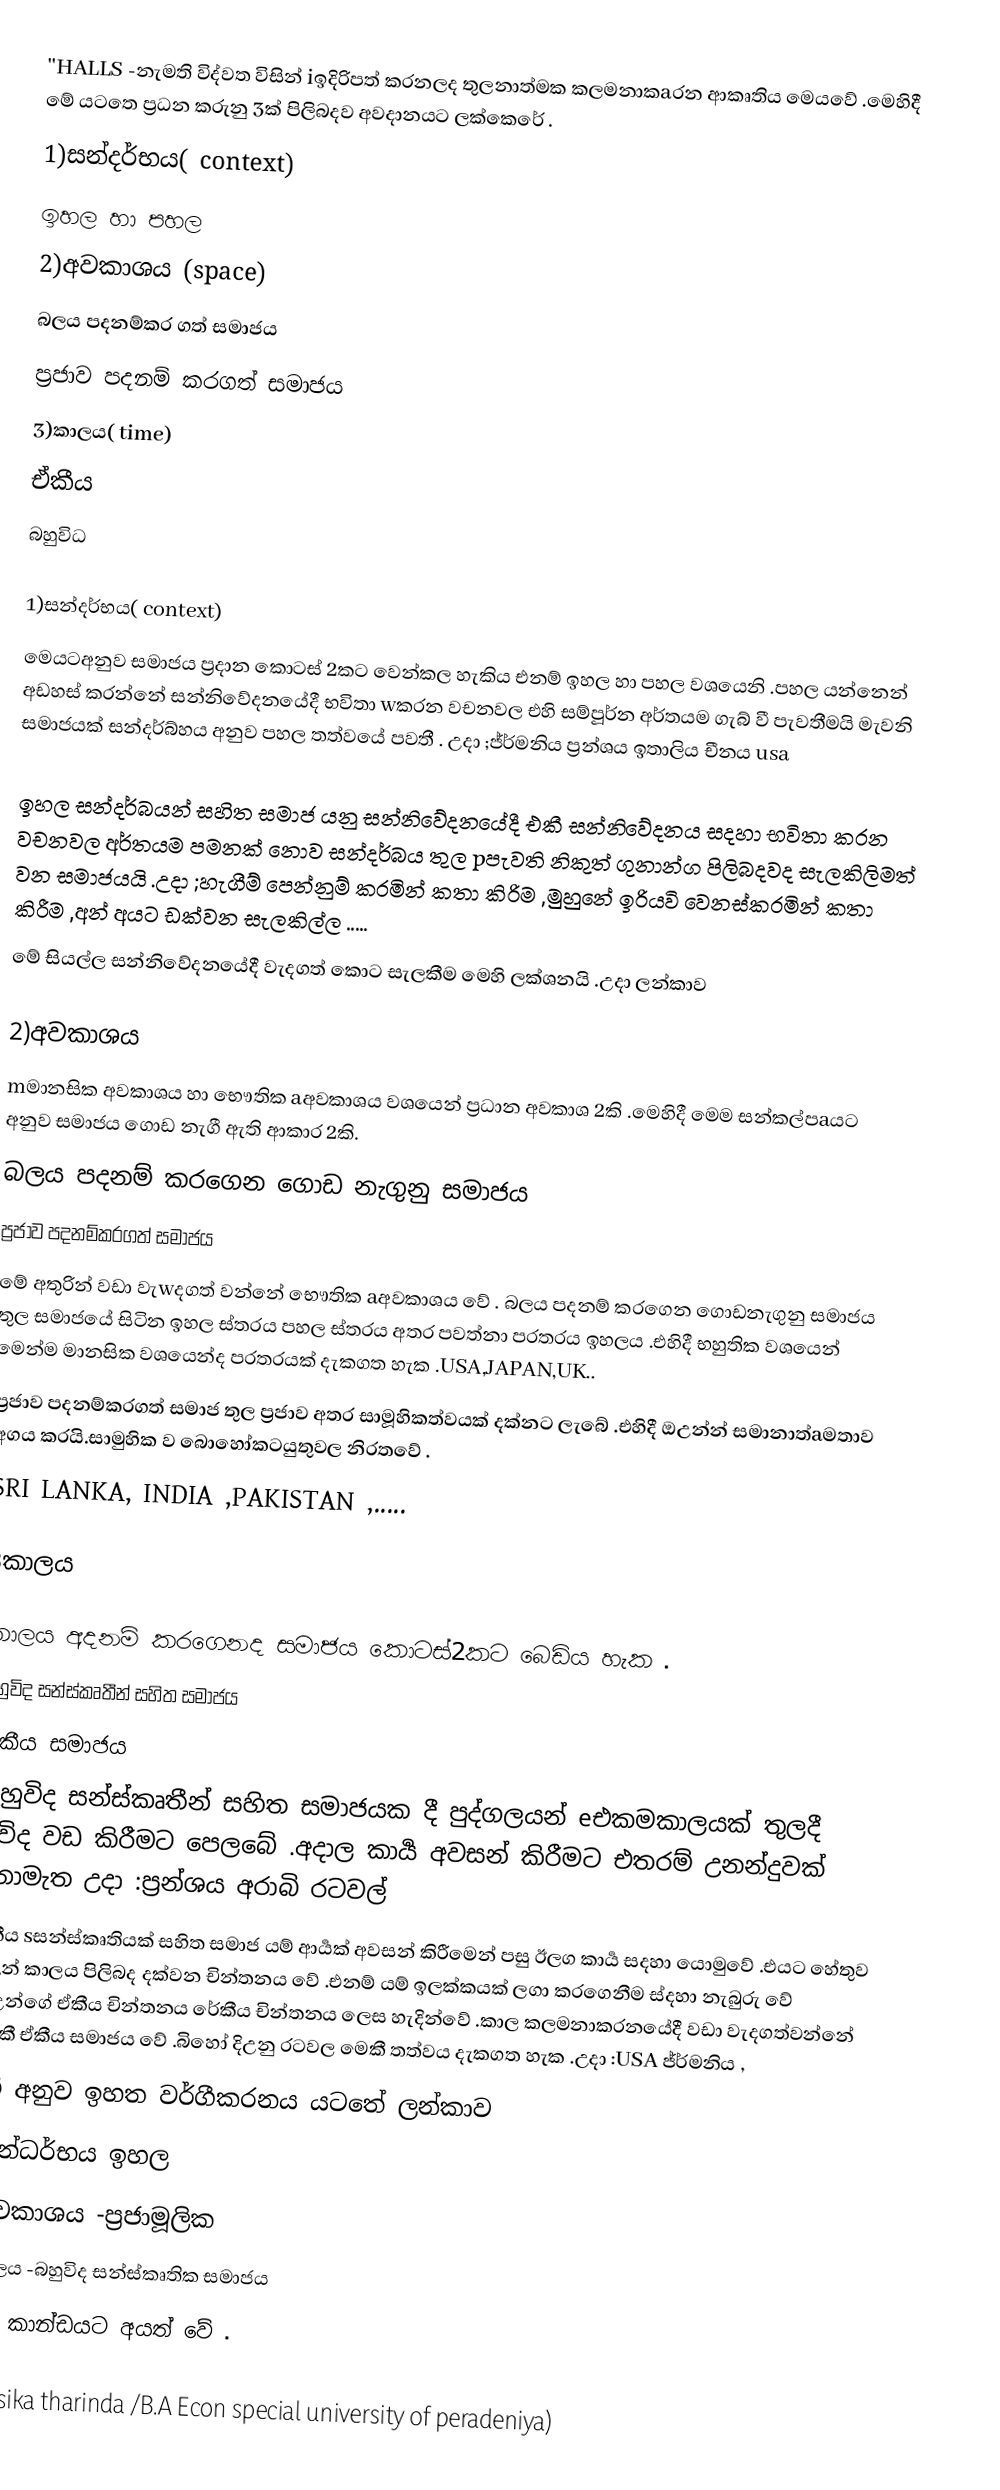
''HALLS -නැමති විද්වත විසින් iඉදිරිපත් කරනලද  තුලනාත්මක කලමනාකaරන ආකෘතිය  මෙයවේ .මෙහිදී මේ යටතෙ ප්‍රධන කරුනු 3ක් පිලිබදව අවදානයට ලක්කෙරේ .
1)සන්දර්භය( context)
ඉහල හා පහල
2)අවකාශය (space)
බලය පදනම්කර ගත් සමාජය
ප්‍රජාව පදනම් කරගත් සමාජය
3)කාලය( time)
ඒකීය
බහුවිධ

1)සන්දර්භය( context)
මෙයටඅනුව සමාජය ප්‍රදාන කොටස් 2කට වෙන්කල හැකිය එනම් ඉහල හා පහල වශයෙනි .පහල යන්නෙන් අඩහස් කරන්නේ සන්නිවේදනයේදී භවිතා wකරන වචනවල එහි සම්පූර්න අර්තයම ගැබ් වී පැවතීමයි මැවනි සමාජයක් සන්දර්බ්හය අනුව පහල තත්වයේ පවතී . උදා ;ජ්ර්මනිය ප්‍රන්ශය ඉතාලිය චීනය usa

ඉහල සන්දර්බයන් සහිත සමාජ යනු සන්නිවේදනයේදී එකී සන්නිවේදනය සදහා භවිතා කරන වචනවල අර්තයම පමනක් නොව සන්දර්බය තුල pපැවති නිකුත් ගුනාන්ග පිලිබදවද සැලකිලිමත් වන සමාජයයි .උදා ;හැගීම් පෙන්නුම් කරමින් කතා කිරිම ,මුහුනේ ඉරියවි වෙනස්කරමින් කතා කිරීම ,අන් අයට ඩක්වන සැලකිල්ල .....
මේ සියල්ල සන්නිවේදනයේදී වැදගත් කොට සැලකීම මෙහි ලක්ශනයි .උදා ලන්කාව

2)අවකාශය
mමානසික අවකාශය හා භෞතික aඅවකාශය වශයෙන් ප්‍රධාන අවකාශ 2කි .මෙහිදී මෙම සන්කල්පaයට අනුව සමාජය ගොඩ නැගී ඇති ආකාර 2කි.
බලය පදනම් කරගෙන  ගොඩ නැගුනු සමාජය
ප්‍රජාව පදනම්කරගත් සමාජය
මේ අතුරින් වඩා වැwදගත් වන්නේ භෞතික aඅවකාශය වේ . බලය පදනම් කරගෙන ගොඩනැගුනු සමාජය තුල සමාජයේ සිටින ඉහල ස්තරය පහල ස්තරය අතර පවත්නා පරතරය ඉහලය .එහිදී භහුතික වශයෙන් මෙන්ම මානසික වශයෙන්ද පරතරයක් දැකගත හැක .USA,JAPAN,UK..
ප්‍රජාව පදනම්කරගත් සමාජ තුල ප්‍රජාව අතර සාමූහිකත්වයක් දක්නට ලැබේ .එහිදී ඔඋන්න් සමානාත්aමතාව අගය කරයි.සාමුහික ව බොහෝකටයුතුවල නිරතවේ .
SRI LANKA, INDIA ,PAKISTAN ,.....

3කාලය

කාලය අදනම් කරගෙනද සමාජය කොටස්2කට බෙඩිය හැක .
බහුවිද සන්ස්කෘතීන් සහිත සමාජය
ඒකීය සමාජය
බහුවිද සන්ස්කෘතීන් සහිත සමාජයක දී පුද්ගලයන් eඑකමකාලයක් තුලදී විවිද වඩ කිරීමට පෙලබේ .අදාල කාර්‍ය අවසන් කිරීමට එතරම් උනන්දුවක් නොමැත උදා :ප්‍රන්ශය අරාබි රටවල්
ඒකීය sසන්ස්කෘතියක් සහිත සමාජ යම් ආර්‍යක් අවසන් කිරීමෙන් පසු ඊලග කාර්‍ය සදහා යොමුවේ .එයට හේතුව ඔඋන් කාලය පිලිබද දක්වන චින්තනය වේ .එනම් යම් ඉලක්කයක් ලගා කරගෙනීම ස්දහා නැබුරු වේ .ඔඋන්ගේ ඒකීය චින්තනය රේකීය චින්තනය ලෙස හැදින්වේ .කාල කලමනාකරනයේදී වඩා වැදගත්වන්නේ මෙකී  ඒකීය සමාජය වේ .බිහෝ දිඋනු රටවල මෙකී තත්වය දැකගත හැක .උදා :USA ජ්ර්මනිය ,
මේ අනුව ඉහත වර්ගීකරනය යටතේ ලන්කාව
     *සන්ධර්භය ඉහල
     *අවකාශය -ප්‍රජාමූලික
     *කාලය -බහුවිද සන්ස්කෘතික සමාජය
යන කාන්ඩයට අයත් වේ .

..(Sasika tharinda /B.A Econ special  university of peradeniya)